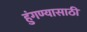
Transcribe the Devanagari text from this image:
हुंगण्यासाठी